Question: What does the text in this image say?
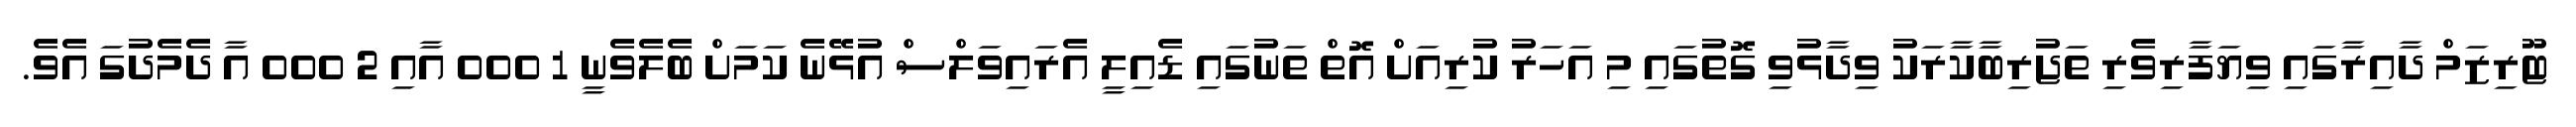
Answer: ޓޫރިޒަމް ދާއިރާގައި ވިޔަފާރިވެރި ތަޖުރިބާކާރަކު ވިދާޅުވި ގޮތުގައި މި އަހަރު ކުރިއަށް އޮތް ތަނުގައި ޑެއިލީ އެރައިވަލްސް އުޅޭނެ ކަމަށް ބެލެވެނީ 1 000 އާއި 2 000 އާ ދެމެދުގަ އެވެ.